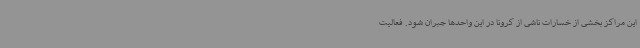
این مراکز بخشی از خسارات ناشی از کرونا در این واحدها جبران شود. فعالیت